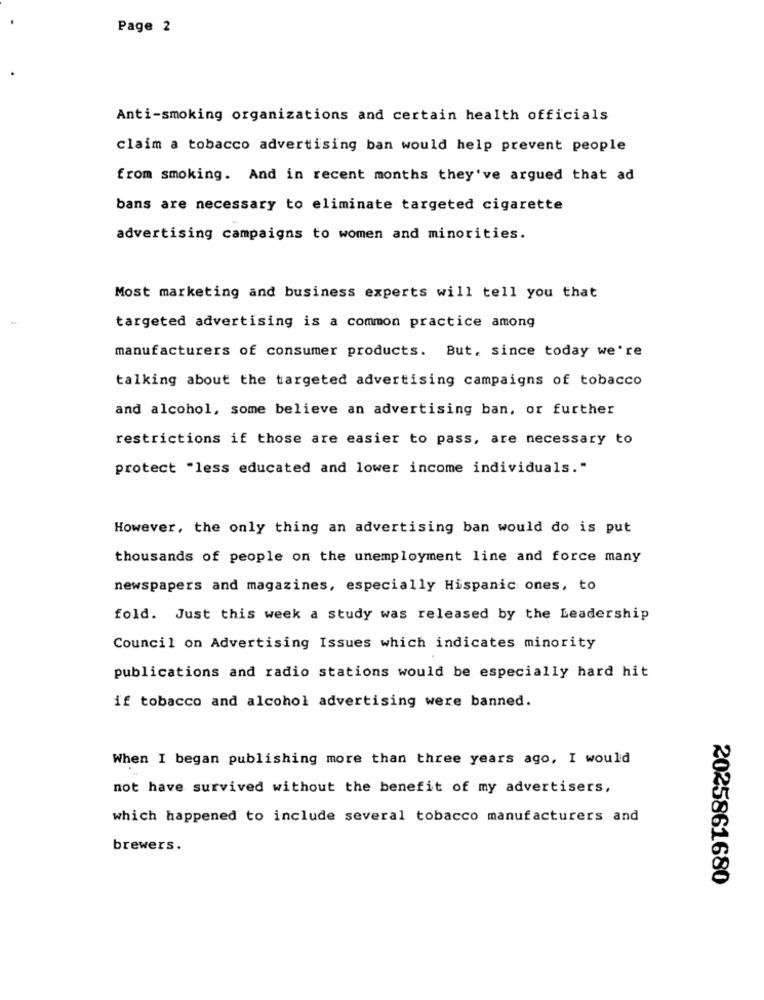
Page 2
Anti-smoking organizations and certain health officials
claim a tobacco advertising ban would help prevent people
from smoking. And in recent months they've argued that ad
bans are necessary to eliminate targeted cigarette
advertising campaigns to women and minorities.
Most marketing and business experts will tell you that
targeted advertising is a common practice among
manufacturers of consumer products. But, since today we're
talking about the targeted advertising campaigns of tobacco
and alcohol, some believe an advertising ban, or further
restrictions if those are easier to pass, are necessary to
protect "less educated and lower income individuals."
However, the only thing an advertising ban would do is put
thousands of people on the unemployment line and force many
newspapers and magazines, especially Hispanic ones, to
fold. Just this week a study was released by the Leadership
Council on Advertising Issues which indicates minority
publications and radio stations would be especially hard hit
if tobacco and alcohol advertising were banned.
When I began publishing more than three years ago, I would
not have survived without the benefit of my advertisers,
which happened to include several tobacco manufacturers and
brewers.
2025861680